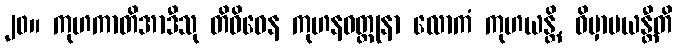
၂၀။ ကုဟကာတိအာဒီသု တိဝိဓေန ကုဟနဝတ္ထုနာ လောကံ ကုဟယန္တိ, ဝိမှာပယန္တီတိ